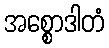
အစ္စောဒါတံ